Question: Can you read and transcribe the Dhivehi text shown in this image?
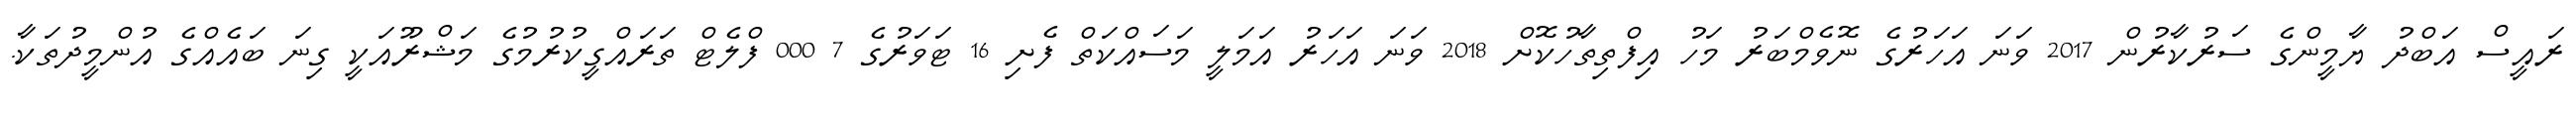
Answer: ރައީސް އަބްދު ޔާމީންގެ ސަރުކާރުން 2017 ވަނަ އަހަރުގެ ނޮވެމްބަރު މަހު އިފްތިތާހުކޮށް 2018 ވަނަ އަހަރު އަމަލީ މަސައްކަތް ފެށި 16 ޓަވަރުގެ 7 000 ފްލެޓް ތަރައްގީކުރުމުގެ މަޝްރޫއަކީ ގިނަ ބައެއްގެ އުންމީދުތަކާ.